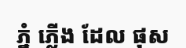
ភ្នំ ភ្លើង ដែល ផុស